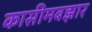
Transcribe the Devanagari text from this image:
कासीमबझार